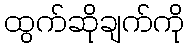
ထွက်ဆိုချက်ကို